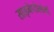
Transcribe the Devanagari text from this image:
साइनेप्टोसोमों